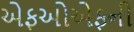
એફઓએફની